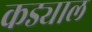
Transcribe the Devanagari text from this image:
कड्याल